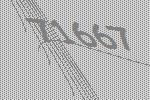
71667